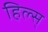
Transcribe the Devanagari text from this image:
हिल्स्